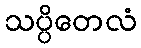
သပ္ပိတေလံ